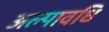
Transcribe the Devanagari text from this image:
अल्‍पावधि